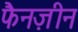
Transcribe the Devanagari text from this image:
फैनज़ीन